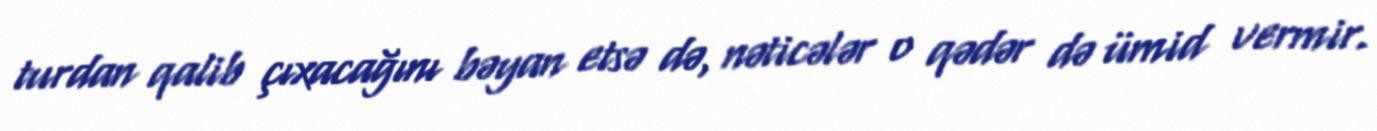
turdan qalib çıxacağını bəyan etsə də, nəticələr o qədər də ümid vermir.